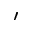
'